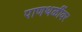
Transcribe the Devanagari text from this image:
पाणथळींवर